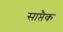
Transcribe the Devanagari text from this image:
साप्तैक